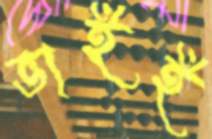
ভাইই